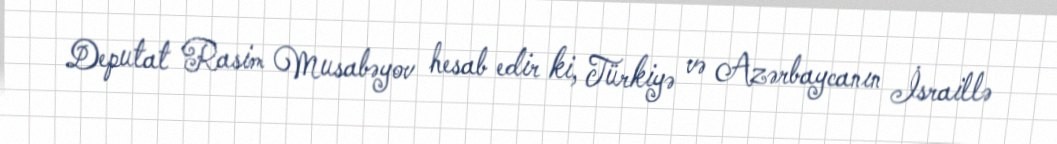
Deputat Rasim Musabəyov hesab edir ki, Türkiyə və Azərbaycanın İsraillə